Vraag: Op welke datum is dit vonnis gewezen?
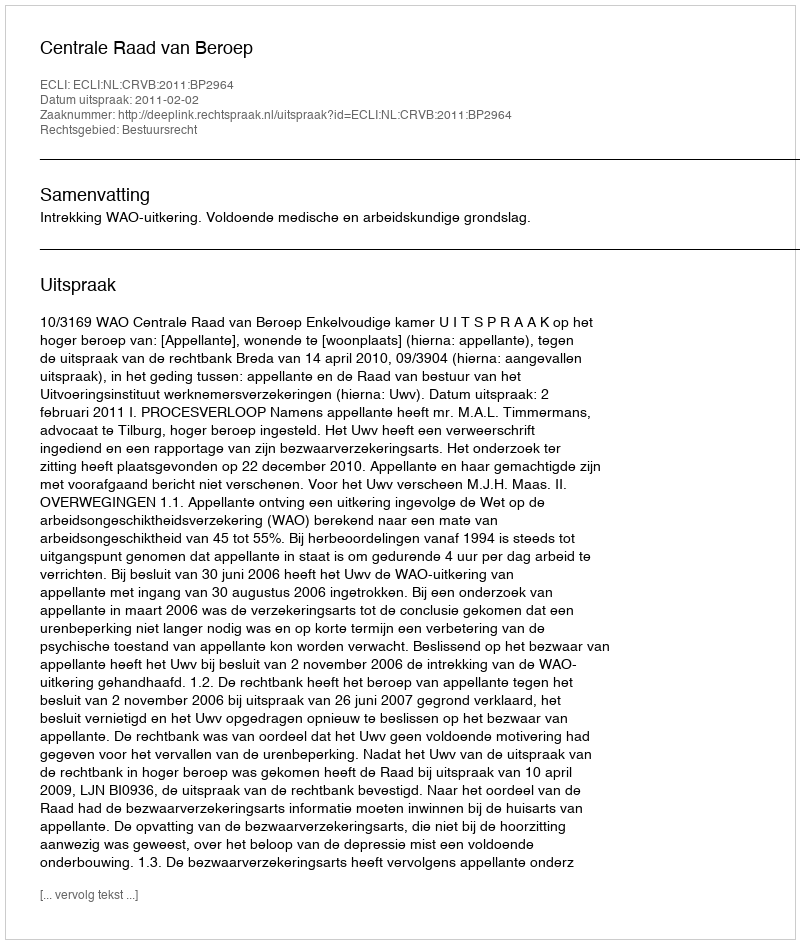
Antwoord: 2011-02-02